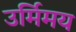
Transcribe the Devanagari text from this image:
उर्मिमय